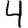
Digit: 4